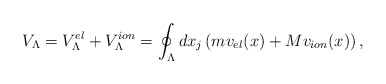
\begin{align*}V_{\Lambda}=V^{el}_{\Lambda}+V^{ion}_{\Lambda}=\oint_{\Lambda}d x_j\left(mv_{el}(x)+Mv_{ion}(x)\right),\end{align*}